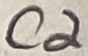
Text: C2